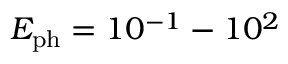
{ E _ { \mathrm { p h } } } = 1 0 ^ { - 1 } - 1 0 ^ { 2 }